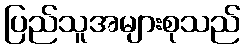
ပြည်သူအများစုသည်